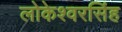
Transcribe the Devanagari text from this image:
लोकेश्वरसिंह